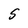
Character: S